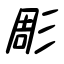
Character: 彫